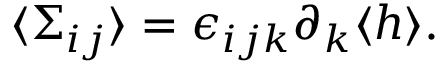
\langle \Sigma _ { i j } \rangle = \epsilon _ { i j k } \partial _ { k } \langle h \rangle .